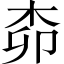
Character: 𱣊